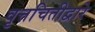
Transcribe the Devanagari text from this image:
वृत्तचितीद्वारे